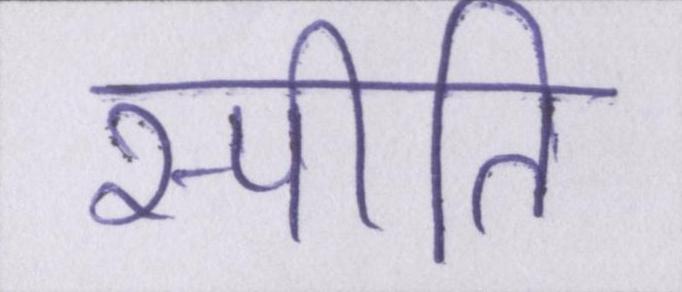
स्पीति